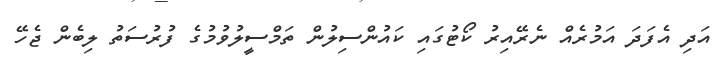
އަދި އެފަދަ އަމުރެއް ނެރޭއިރު ކޯޓުގައި ކައުންސިލުން ތަމްސީލުވުމުގެ ފުރުސަތު ލިބެން ޖެހޭ